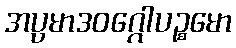
အပ္ပမာဒဝဂ္ဂေါပဉ္စမော